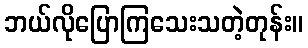
ဘယ်လိုပြောကြသေးသတဲ့တုန်း။